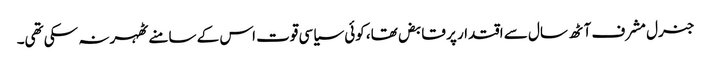
جنرل مشرف آٹھ سال سے اقتدار پر قابض تھا، کوئی سیاسی قوت اس کے سامنے ٹھہر نہ سکی تھی۔